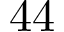
4 4